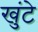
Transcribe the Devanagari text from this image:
खुंटे